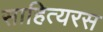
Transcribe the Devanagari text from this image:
साहित्यरस